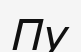
Пу